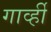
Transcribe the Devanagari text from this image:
गार्व्ही